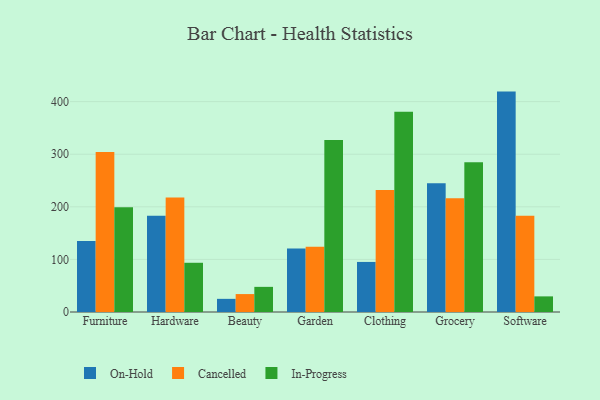
{"axis": {"x": "Category", "y": "Operating Costs (USD K)"}, "legend": ["Cancelled", "In-Progress", "On-Hold"], "data": [{"x": "Furniture", "y": 134.8, "type": "On-Hold"}, {"x": "Furniture", "y": 304.2, "type": "Cancelled"}, {"x": "Furniture", "y": 199.1, "type": "In-Progress"}, {"x": "Hardware", "y": 183.1, "type": "On-Hold"}, {"x": "Hardware", "y": 217.9, "type": "Cancelled"}, {"x": "Hardware", "y": 93.6, "type": "In-Progress"}, {"x": "Beauty", "y": 25.0, "type": "On-Hold"}, {"x": "Beauty", "y": 34.1, "type": "Cancelled"}, {"x": "Beauty", "y": 47.8, "type": "In-Progress"}, {"x": "Garden", "y": 120.9, "type": "On-Hold"}, {"x": "Garden", "y": 123.9, "type": "Cancelled"}, {"x": "Garden", "y": 326.9, "type": "In-Progress"}, {"x": "Clothing", "y": 95.2, "type": "On-Hold"}, {"x": "Clothing", "y": 232.1, "type": "Cancelled"}, {"x": "Clothing", "y": 380.8, "type": "In-Progress"}, {"x": "Grocery", "y": 244.6, "type": "On-Hold"}, {"x": "Grocery", "y": 216.1, "type": "Cancelled"}, {"x": "Grocery", "y": 284.9, "type": "In-Progress"}, {"x": "Software", "y": 419.1, "type": "On-Hold"}, {"x": "Software", "y": 183.2, "type": "Cancelled"}, {"x": "Software", "y": 29.7, "type": "In-Progress"}]}